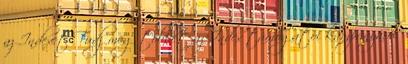
az Indexet Tudj meg többet az Index támogatói kampányáról